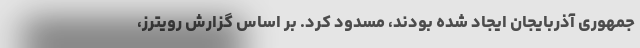
جمهوری آذربایجان ایجاد شده بودند، مسدود کرد. بر اساس گزارش رویترز،